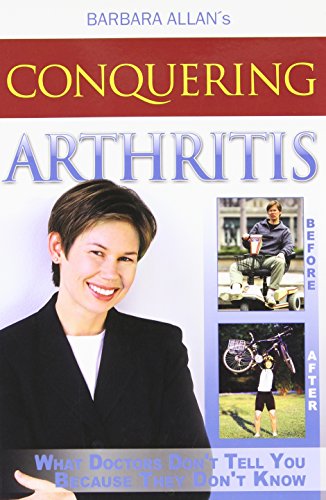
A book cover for Conquering Arthritis: What Doctors Don't Tell You Because They Don't Know; Barbara Allan; Health, Fitness & Dieting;